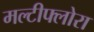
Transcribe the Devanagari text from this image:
मल्टीफ्लोरा